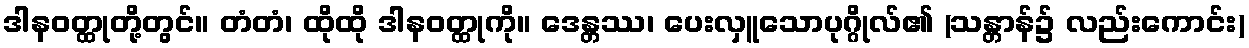
ဒါနဝတ္ထုတို့တွင်။ တံတံ၊ ထိုထို ဒါနဝတ္ထုကို။ ဒေန္တဿ၊ ပေးလှူသောပုဂ္ဂိုလ်၏ (သန္တာန်၌ လည်းကောင်း)